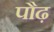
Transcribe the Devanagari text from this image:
पौढ़